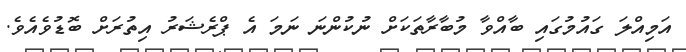
އަމިއްލަ ގައުމުގައި ބާއްވާ މުބާރާތަކަށް ނުކުންނަ ނަމަ އެ ޕްރެޝަރު އިތުރަށް ބޮޑުވެއެވެ.